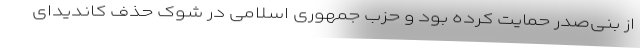
از بنی‌صدر حمایت کرده بود و حزب جمهوری اسلامی در شوک حذف کاندیدای